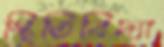
স্থিতিবিদ্যা